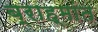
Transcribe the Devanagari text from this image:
ब्राह्मांत